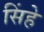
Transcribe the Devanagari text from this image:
सिंहे